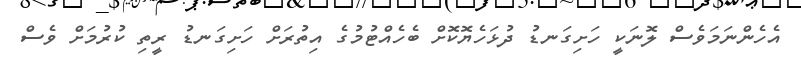
އެހެންނަމަވެސް ލޮނަކީ ހަށިގަނޑު ދުޅަހެޔޮކޮށް ބެހެއްޓުމުގެ އިތުރަށް ހަށިގަނޑު ރީތި ކުރުމަށް ވެސް